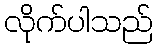
လိုက်ပါသည်